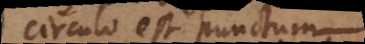
circulo est punctum,